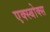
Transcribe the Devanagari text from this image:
एक्स्बोक्स